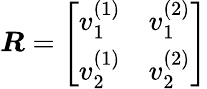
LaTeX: \boldsymbol{R}=\left[\begin{array}{ll}{v_{1}^{(1)}}&{v_{1}^{(2)}}\\ {v_{2}^{(1)}}&{v_{2}^{(2)}}\end{array}\right]